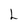
Character: L